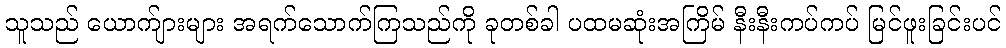
သူသည် ယောက်ျားများ အရက်သောက်ကြသည်ကို ခုတစ်ခါ ပထမဆုံးအကြိမ် နီးနီးကပ်ကပ် မြင်ဖူးခြင်းပင်